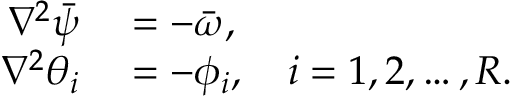
\begin{array} { r l } { \nabla ^ { 2 } \bar { \psi } } & { { } = - \bar { \omega } , } \\ { \nabla ^ { 2 } \theta _ { i } } & { { } = - \phi _ { i } , \quad i = 1 , 2 , \dots , R . } \end{array}